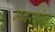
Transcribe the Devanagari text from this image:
मनसारेतः